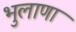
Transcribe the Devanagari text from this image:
भुलाणा